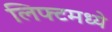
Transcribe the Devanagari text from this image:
लिफ्टमध्ये